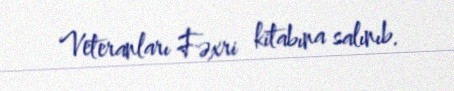
Veteranları Fəxri kitabına salınıb.